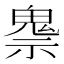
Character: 𲌧